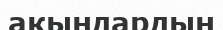
акындардың